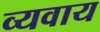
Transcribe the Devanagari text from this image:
व्यवाय